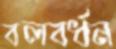
বলবর্ধন